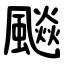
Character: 飈